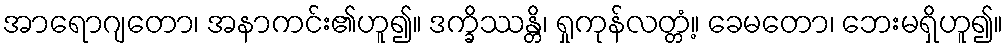
အာရောဂျတော၊ အနာကင်း၏ဟူ၍။ ဒက္ခိဿန္တိ၊ ရှုကုန်လတ္တံ့။ ခေမတော၊ ဘေးမရှိဟူ၍။